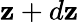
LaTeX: \mathbf{z}+d\mathbf{z}